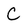
Character: C